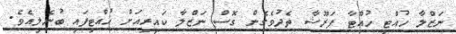
ނަޒްލާ ހުއްޓި ހުއްޓާ ފަރޫޝާ ތެދުވެގެން ގޮސް ނަޒްލާ ކައިރިއަށް ހުއްޓިފައި ބުނެލިއެވެ.